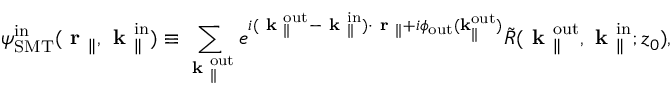
{ \psi } _ { \mathrm { S M T } } ^ { \mathrm { i n } } ( \textbf { r } _ { \parallel } , \textbf { k } _ { \parallel } ^ { \mathrm { i n } } ) \equiv \sum _ { \textbf { k } _ { \parallel } ^ { \mathrm { o u t } } } e ^ { i ( \textbf { k } _ { \parallel } ^ { \mathrm { o u t } } - \textbf { k } _ { \parallel } ^ { \mathrm { i n } } ) \cdot \textbf { r } _ { \parallel } + i \phi _ { \mathrm { o u t } } ( \bf k _ { \parallel } ^ { \mathrm { o u t } } ) } \Tilde { R } ( \textbf { k } _ { \parallel } ^ { \mathrm { o u t } } , \textbf { k } _ { \parallel } ^ { \mathrm { i n } } ; z _ { 0 } ) ,